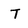
Character: T